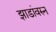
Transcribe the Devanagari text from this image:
झाडांवरुन